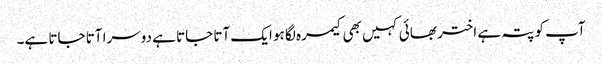
آپ کو پتہ ہے اختر بھائی کہیں بھی کیمرہ لگا ہو ایک آتا جاتا ہے دوسرا آتا جاتا ہے۔